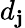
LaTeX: d_{\mathbf{j}}